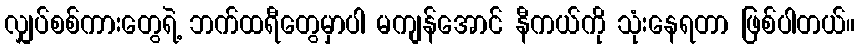
လျှပ်စစ်ကားတွေရဲ့ ဘက်ထရီတွေမှာပါ မကျန်အောင် နီကယ်ကို သုံးနေရတာ ဖြစ်ပါတယ်။